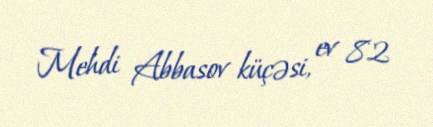
Mehdi Abbasov küçəsi, ev 82